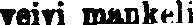
veivi mankeli